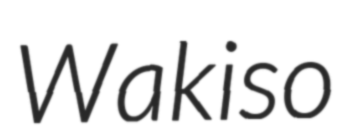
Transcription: Wakiso